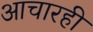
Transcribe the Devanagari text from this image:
आचारही